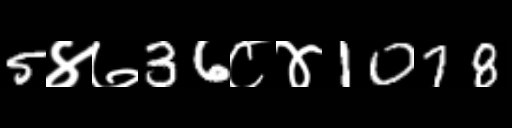
Text: 5४७36८४1078